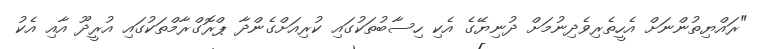
"ރައްޔިތުންނަށް އެހީތެރިވެދިނުމަށް ދުނިޔޭގެ އެކި ހިސާބުތަކުގައި ކުރިއަށްގެންދާ ޕްރޮގްރާމްތަކުގައި އުރީދޫ އާއި އެކު